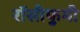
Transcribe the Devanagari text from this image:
रॉसीफुमी